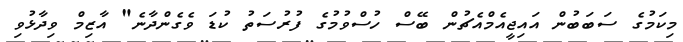
މިކަމުގެ ސަބަބުން އައިޖީއެމްއެޗުން ބޭސް ހުސްވުމުގެ ފުރުސަތު ކުޑަ ވެގެންދާނެ" އާޒިމް ވިދާޅުވި